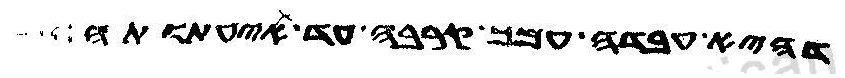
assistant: דהיא עבדה עמך קרבה עד תנעתנה